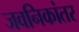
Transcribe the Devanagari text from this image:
जवनिकांतर